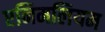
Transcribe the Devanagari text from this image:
एनिमलियम